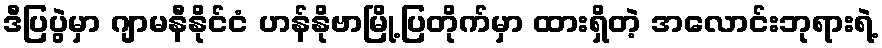
ဒီပြပွဲမှာ ဂျာမနီနိုင်ငံ ဟန်နိုဗာမြို့ပြတိုက်မှာ ထားရှိတဲ့ အလောင်းဘုရားရဲ့